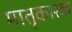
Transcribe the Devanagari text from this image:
मातृकारक